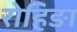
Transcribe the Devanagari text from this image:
रोहिङा